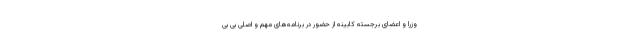
وزرا و اعضای برجسته کابینه از حضور در برنامه‌های مهم و اصلی بی بی